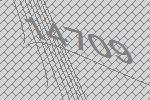
14709